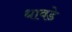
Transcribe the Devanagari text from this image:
धावडे